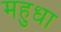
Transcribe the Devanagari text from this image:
महुधा